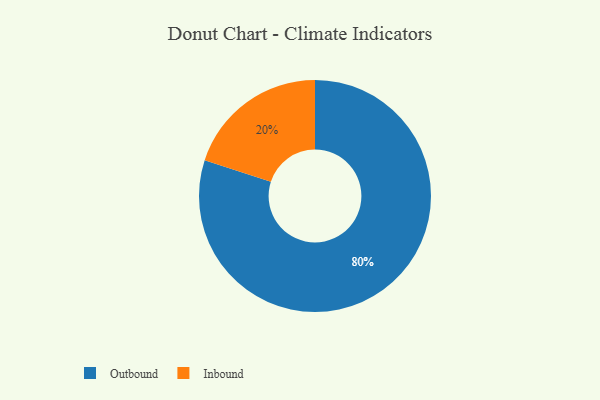
{"axis": {"x": "Category", "y": "Percentage"}, "legend": ["Inbound", "Outbound"], "data": [{"x": "Outbound", "y": 80, "type": "Outbound"}, {"x": "Inbound", "y": 20, "type": "Inbound"}]}